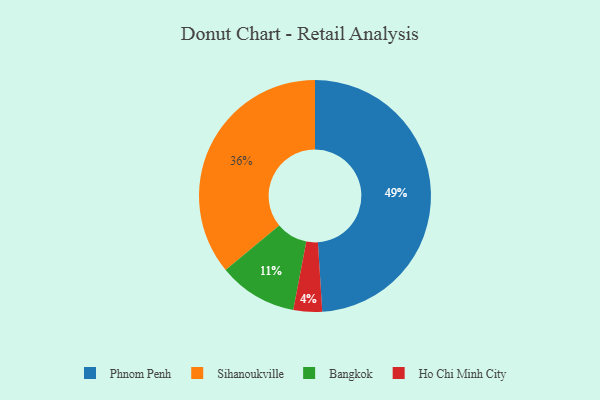
{"axis": {"x": "Category", "y": "Percentage"}, "legend": ["Bangkok", "Ho Chi Minh City", "Phnom Penh", "Sihanoukville"], "data": [{"x": "Sihanoukville", "y": 36, "type": "Sihanoukville"}, {"x": "Bangkok", "y": 11, "type": "Bangkok"}, {"x": "Phnom Penh", "y": 49, "type": "Phnom Penh"}, {"x": "Ho Chi Minh City", "y": 4, "type": "Ho Chi Minh City"}]}